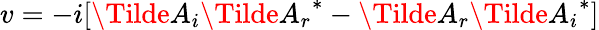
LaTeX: v=-i[\Tilde{A}_{i}{\Tilde{A}_{r}}^{*}-\Tilde{A}_{r}{\Tilde{A}_{i}}^{*}]